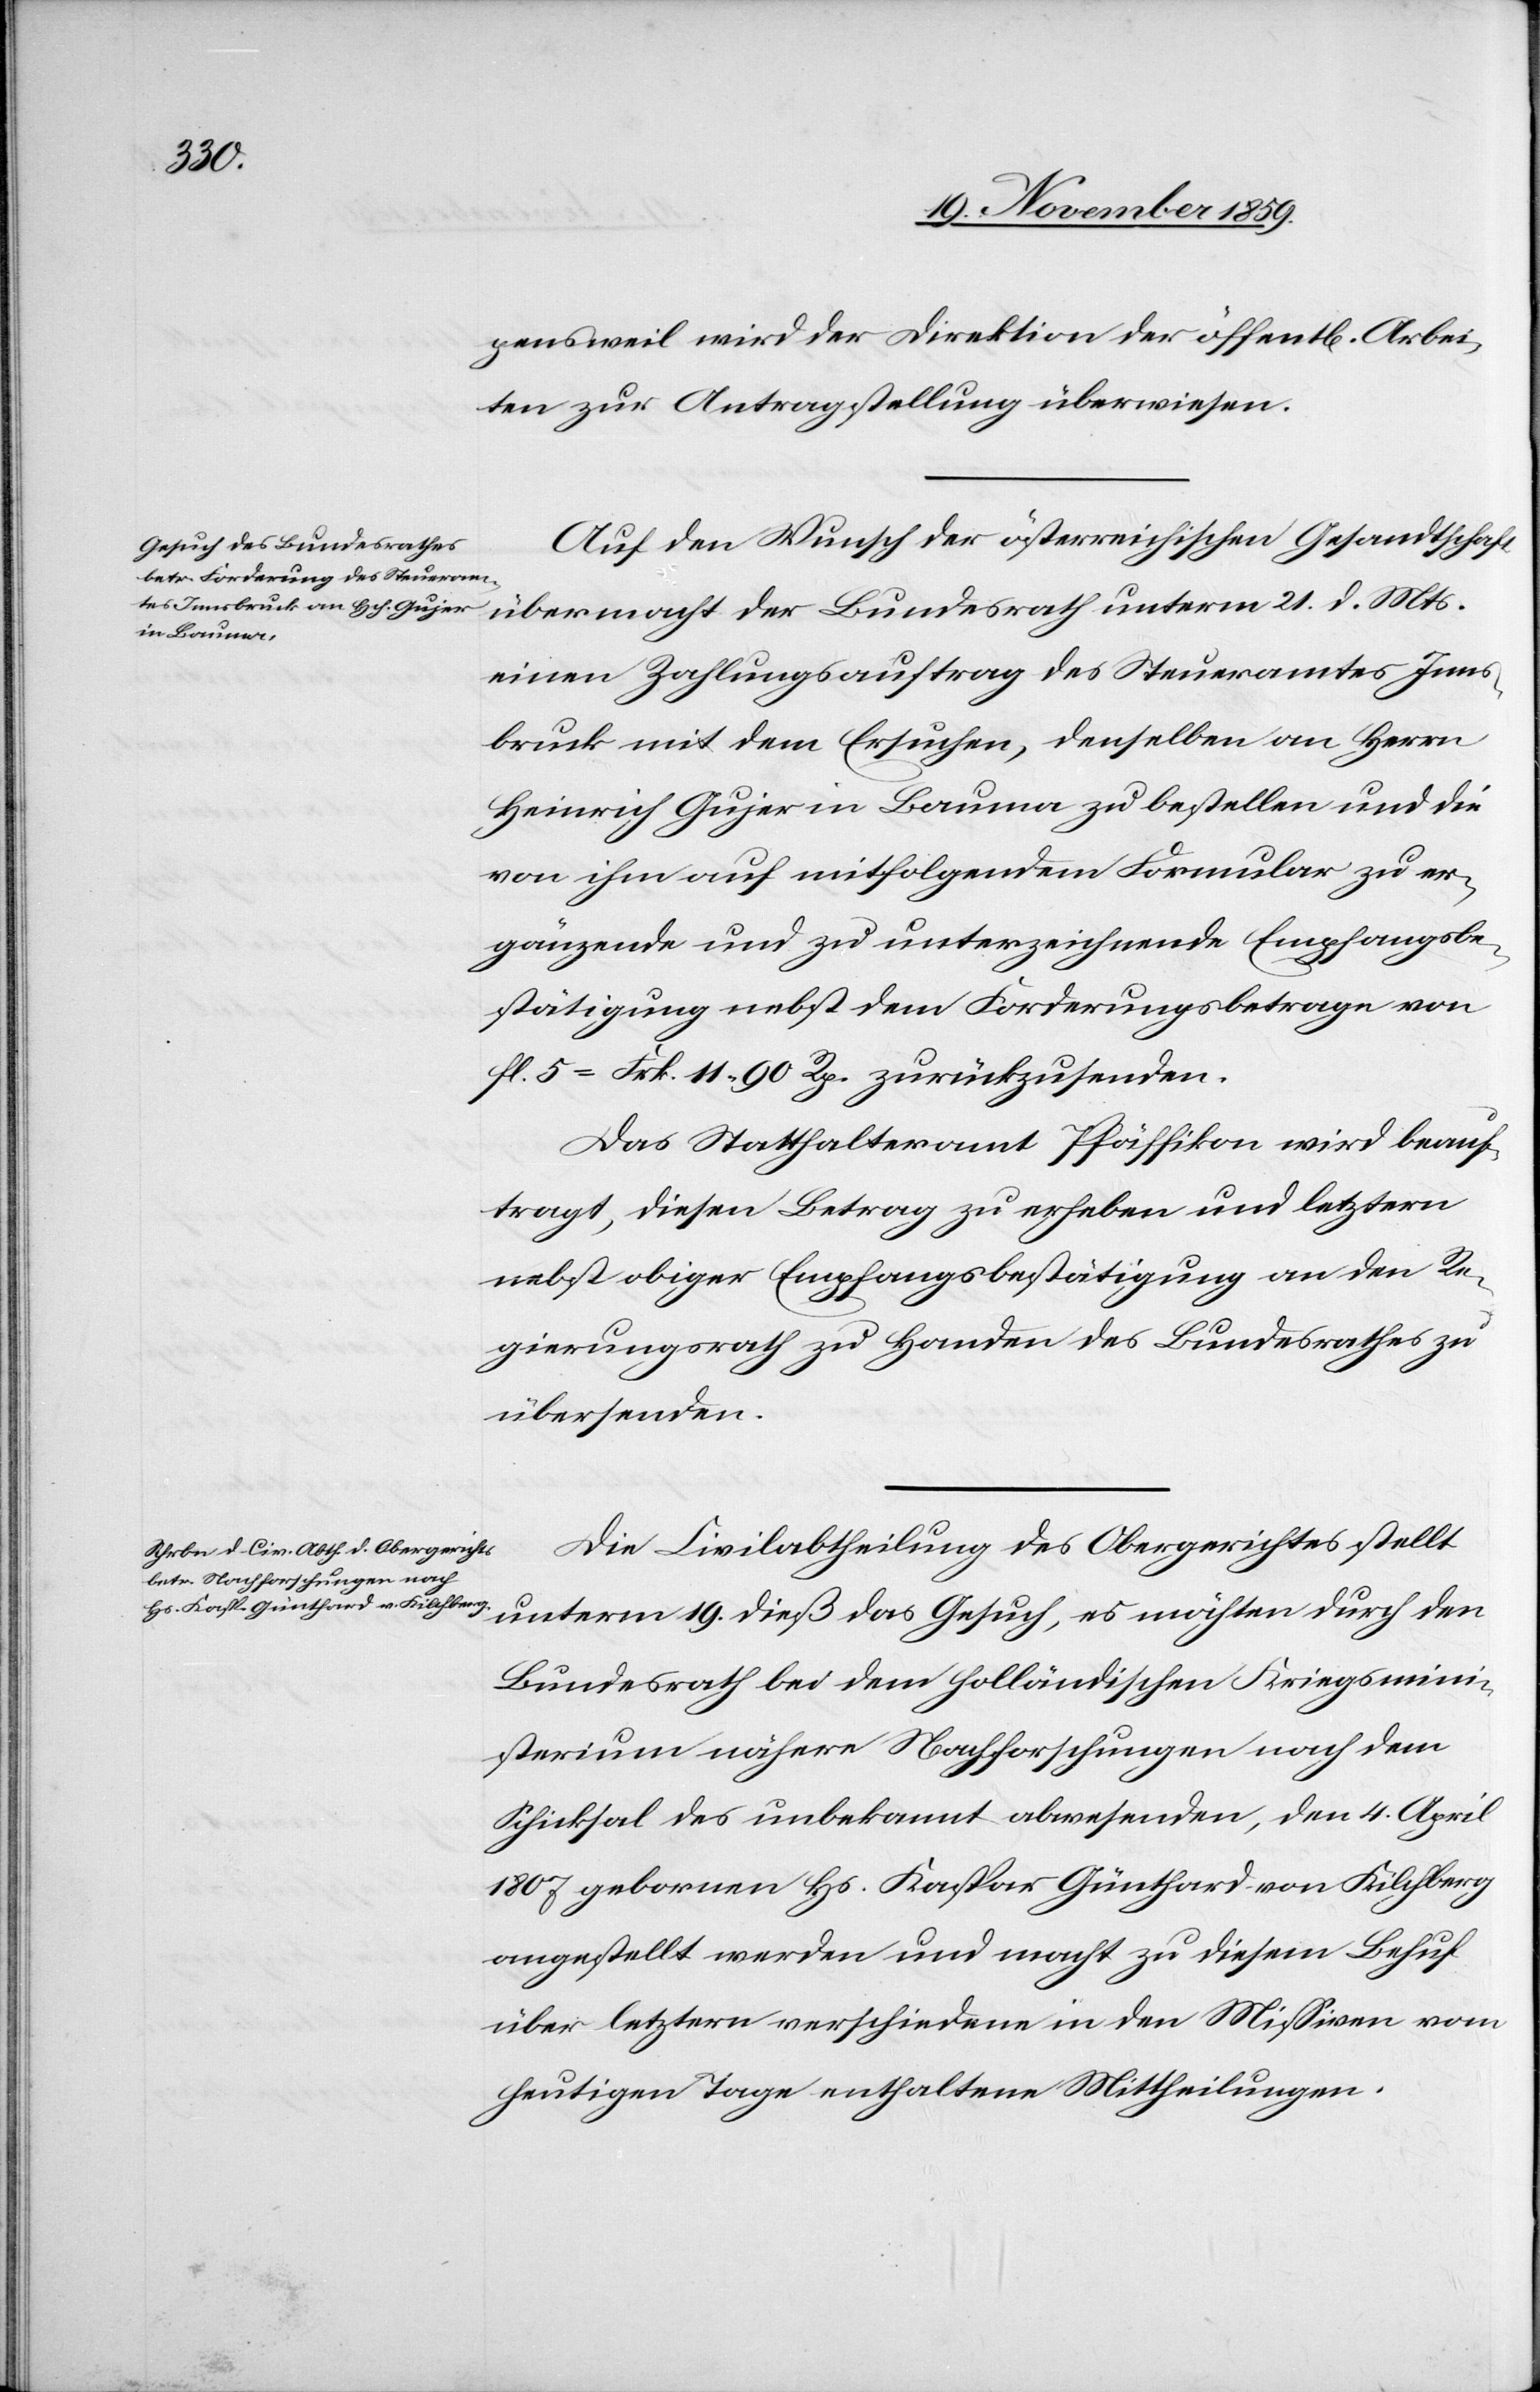
23. November 1859.]
pensweil wird der Direktion der öffentl[ichen] Arbei¬
ten zur Antragstellung überwiesen.
Auf den Wunsch der österreichischen Gesandtschaft
übermacht der Bundesrath unterm 21. d. Mts.
einen Zahlungsauftrag des Steueramtes Inns¬
bruck mit dem Ersuchen, denselben an Herrn
Heinrich Gujer in Bauma zu bestellen und die
von ihm auf mitfolgendem Formular zu er¬
gänzende und zu unterzeichnende Empfangsbe¬
stätigung nebst dem Forderungsbetrage vom
fl. 5 = Frk. 11 90 Rp. zurückzusenden.
Das Statthalteramt Pfäffikon wird beauf¬
tragt, diesen Betrag zu erheben und letztern
nebst obiger Empfangsbestätigung an den Re¬
gierungsrath zu Handen des Bundesrathes zu
übersenden.
Die Civilabtheilung des Obergerichtes stellt
unterm 19. dieß das Gesuch, es möchten durch den
Bundesrath bei dem holländischen Kriegsmini¬
sterium nähere Nachforschungen nach dem
Schicksal des unbekannt abwesenden, den 4. April
1807 gebornen Hs. Kaspar Günthard von Kilchberg
angestellt werden und macht zu diesem Behuf
über letztern verschiedene in den Missiven vom
heutigen Tage enthaltene Mittheilungen.